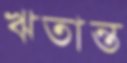
ঋতান্ত